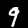
Label: 9